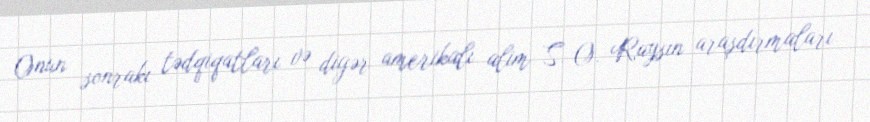
Onun sonrakı tədqiqatları və digər amerikalı alim S. O. Raysın araşdırmaları